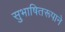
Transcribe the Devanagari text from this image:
सुभाषितरूपाने